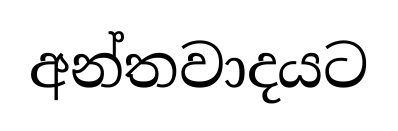
අන්තවාදයට